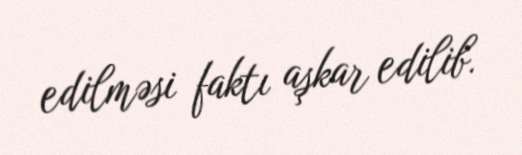
edilməsi faktı aşkar edilib.